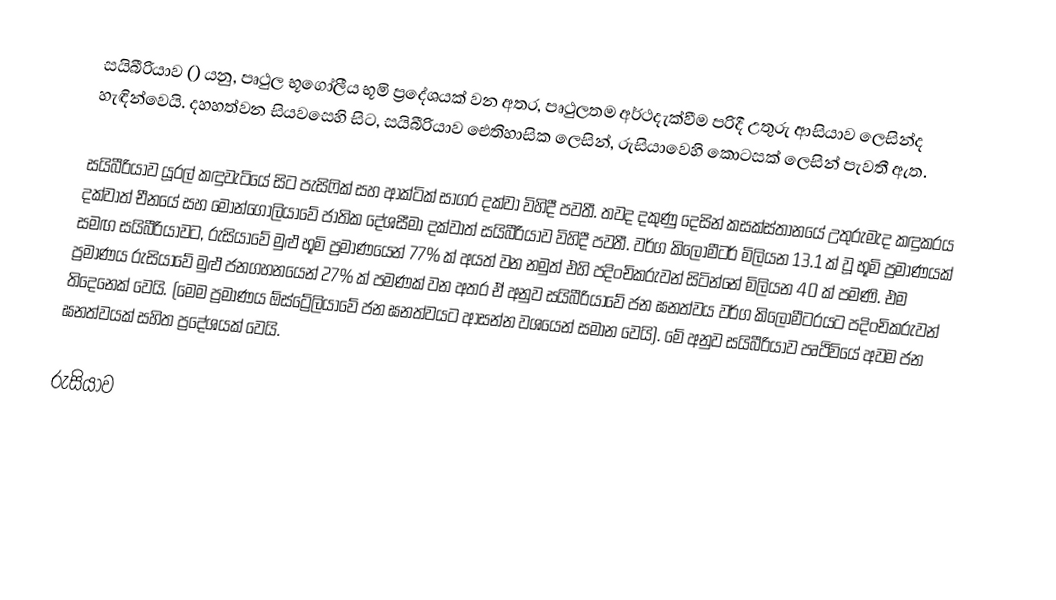
සයිබීරියාව () යනු, පෘථුල භූගෝලීය   භූමි ප්‍රදේශයක් වන අතර, පෘථුලතම අර්ථදැක්වීම පරිදී  උතුරු ආසියාව ලෙසින්ද හැඳින්වෙයි. දහහත්වන සියවසෙහි සිට, සයිබීරියාව ඓතිහාසික ලෙසින්, රුසියාවෙහි කොටසක් ලෙසින් පැවතී ඇත.

සයිබීරියාව යූරල් කඳුවැටියේ සිට පැසිෆික් සහ ආක්ටික් සාගර දක්වා විහිදී පවතී. තවද දකුණු දෙසින් කසක්ස්තානයේ උතුරුමැද කඳුකරය දක්වාත් චීනයේ සහ මොන්ගෝලියාවේ ජාතික දේශසීමා දක්වාත් සයිබීරියාව විහිදී පවතී. වර්ග කිලෝමීටර් මිලියන 13.1 ක් වූ භූමි ප්‍රමාණයක් සමඟ සයිබීරියාවට, රුසියාවේ මුළු භූමි ප්‍රමාණයෙන් 77% ක් අයත් වන නමුත් එහි පදිංචිකරුවන් සිටින්නේ මිලියන 40 ක් පමණි. එම ප්‍රමාණය රුසියාවේ මුළු ජනගහනයෙන් 27% ක් පමණක් වන අතර ඒ අනුව සයිබීරියාවේ ජන ඝනත්වය වර්ග කිලෝමීටරයට පදිංචිකරුවන් තිදෙනෙක් වෙයි. (මෙම ප්‍රමාණය ඕස්ට්‍රේලියාවේ ජන ඝනත්වයට ආසන්න වශයෙන් සමාන වෙයි). මේ අනුව සයිබීරියාව පෘථිවියේ අවම ජන ඝනත්වයක් සහිත ප්‍රදේශයක් වෙයි.

රුසියාව